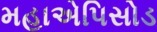
મહાએપિસોડ